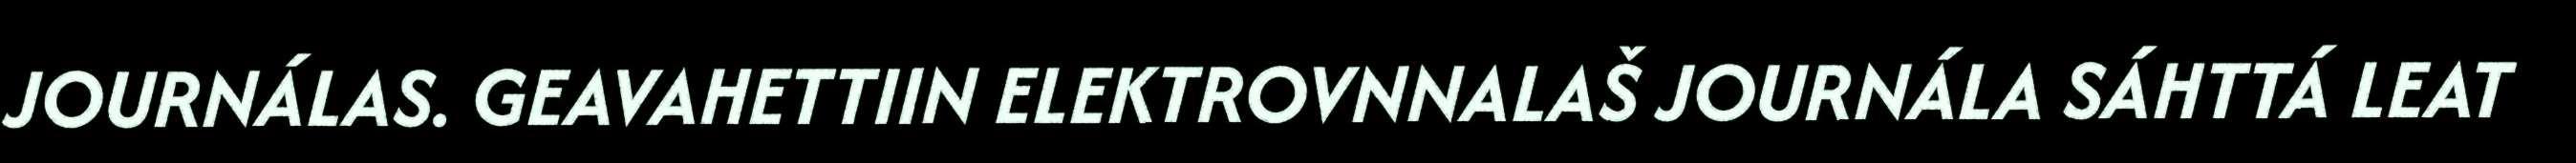
JOURNÁLAS. GEAVAHETTIIN ELEKTROVNNALAŠ JOURNÁLA SÁHTTÁ LEAT